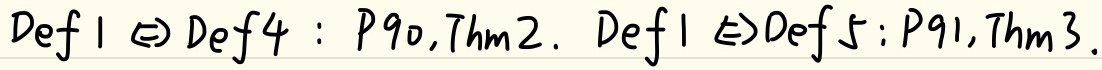
Def1 $\Leftrightarrow$ Def4: P90, Thm2.  Def1 $\Leftrightarrow$ Def5: P91, Thm3.